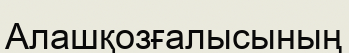
Алашқозғалысының